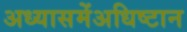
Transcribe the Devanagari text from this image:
अध्यासमेंअधिष्टान